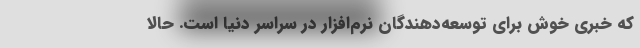
که خبری خوش برای توسعه‌دهندگان نرم‌افزار در سراسر دنیا است. حالا